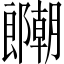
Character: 𫑱